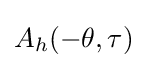
A_{h}(-\theta ,\tau )